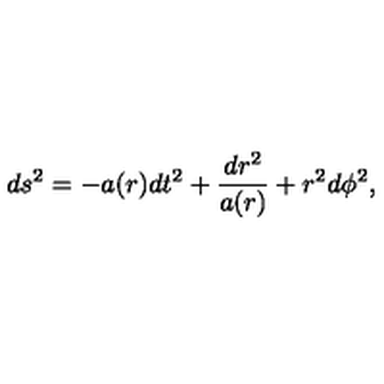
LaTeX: d s ^ { 2 } = - a ( r ) d t ^ { 2 } + \frac { d r ^ { 2 } } { a ( r ) } + r ^ { 2 } d \phi ^ { 2 } ,